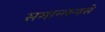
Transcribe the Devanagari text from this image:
समानरूपसे